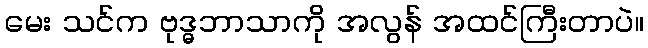
မေး သင်က ဗုဒ္ဓဘာသာကို အလွန် အထင်ကြီးတာပဲ။